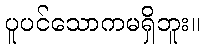
ပူပင်သောကမရှိဘူး။